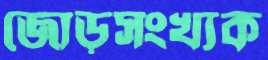
জোড়সংখ্যক